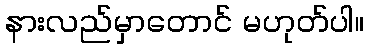
နားလည်မှာတောင် မဟုတ်ပါ။